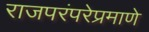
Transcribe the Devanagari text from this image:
राजपरंपरेप्रमाणे